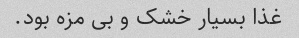
غذا بسیار خشک و بی مزه بود.